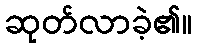
ဆုတ်လာခဲ့၏။